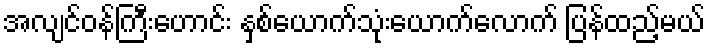
အလျင်ဝန်ကြီးဟောင်း နှစ်ယောက်သုံးယောက်လောက် ပြန်ထည့်မယ်